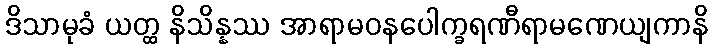
ဒိသာမုခံ ယတ္ထ နိသိန္နဿ အာရာမဝနပေါက္ခရဏီရာမဏေယျကာနိ